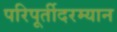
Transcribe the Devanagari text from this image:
परिपूर्तीदरम्यान